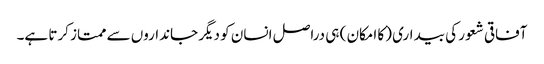
آفاقی شعور کی بیداری (کا امکان ) ہی دراصل انسان کو دیگر جانداروں سے ممتاز کرتا ہے۔